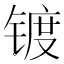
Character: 镀